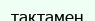
тақтамен